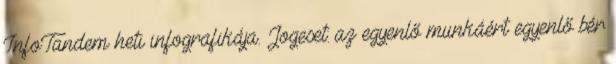
InfoTandem heti infografikája. Jogeset: az egyenlő munkáért egyenlő bér